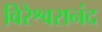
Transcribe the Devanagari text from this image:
विरेश्वरानंद